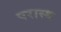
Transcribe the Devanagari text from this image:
परास्थ